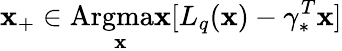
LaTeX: \mathbf{x}_{+}\in\mathop{\mathrm{{Argma\mathbf{x}}}}_{\mathbf{x}}[L_{q}(\mathbf{x})-\gamma_{*}^{T}\mathbf{x}]